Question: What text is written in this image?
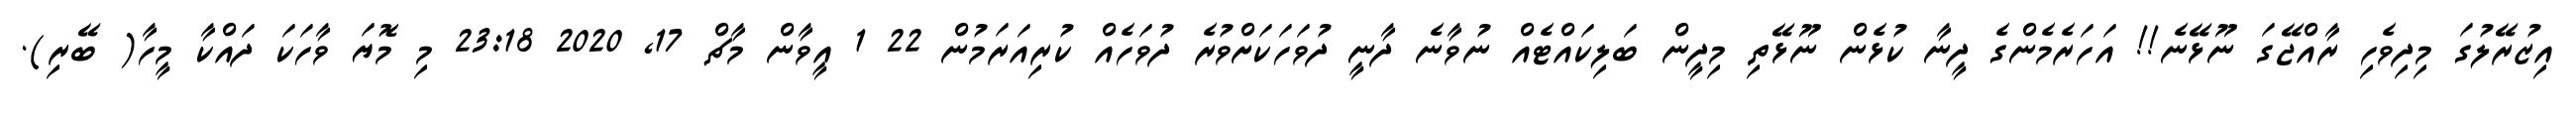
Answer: އިޒުރޭލުގަ މިދިވެހި ރާއްޖޭގަ ނޫޅޭނެ!! އަހަރެމެންގެ ދީނާ ކުޅެން ނޫޅޭތި މިދީން ބަލިކައްޓެއް ނުވާނެ ދާނީ ދުވަހަކަށްވުރެ ދުވަހެއް ކުރިއަރަމުން 22 1 އީވާން މާޗް 17, 2020 23:18 މި މޮޔަ ވާހަކަ ދައްކާ މީހާ( ބޭރި).